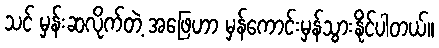
သင် မှန်းဆလိုက်တဲ့ အဖြေဟာ မှန်ကောင်းမှန်သွားနိုင်ပါတယ်။